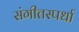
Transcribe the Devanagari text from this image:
संगीतस्पर्धा